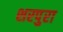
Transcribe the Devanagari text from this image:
शरपुरा